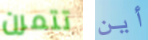
تتمرن أين